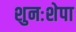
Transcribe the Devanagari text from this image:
शुनःशेपा